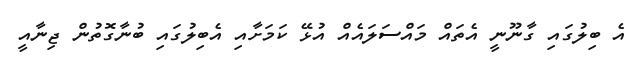
އެ ބިލުގައި ގާނޫނީ އެތައް މައްސަލައެއް އުޅޭ ކަމަށާއި އެބިލުގައި ބުނާގޮތުން ޖިނާއީ